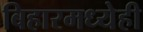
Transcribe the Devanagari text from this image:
बिहारमध्येही